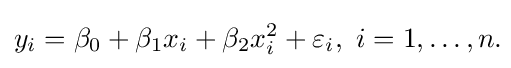
y_{i}=\beta _{0}+\beta _{1}x_{i}+\beta _{2}x_{i}^{2}+\varepsilon _{i},\ i=1,\dots ,n.\!